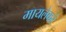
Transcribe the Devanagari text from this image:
मायलेकरं